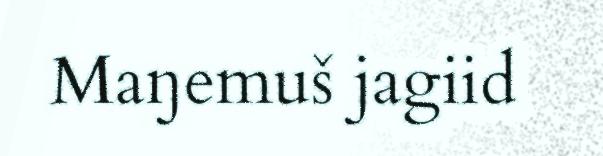
Maŋemuš jagiid